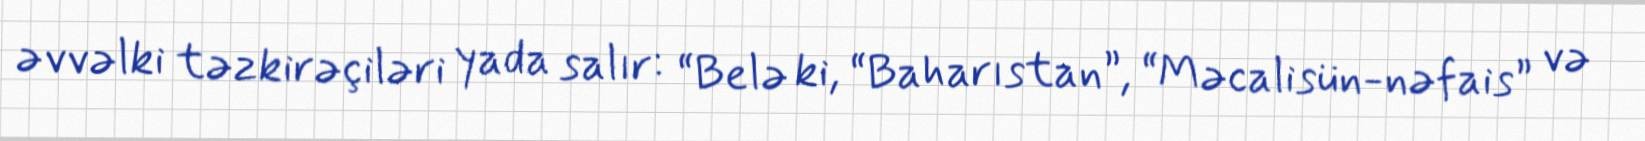
əvvəlki təzkirəçiləri yada salır: “Belə ki, “Baharıstan”, “Məcalisün-nəfais” və